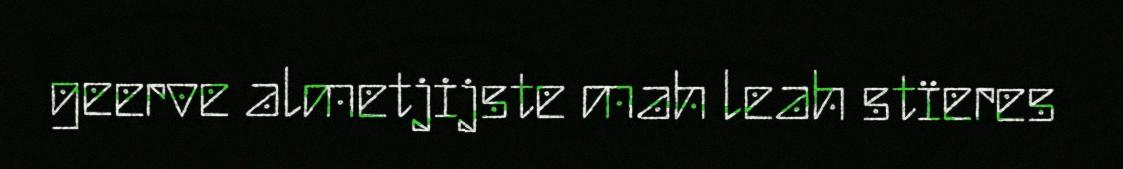
geerve almetjijste mah leah stïeres